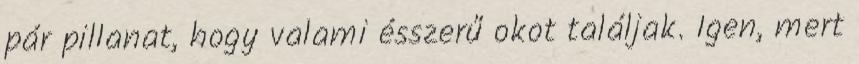
pár pillanat, hogy valami ésszerű okot találjak. Igen, mert